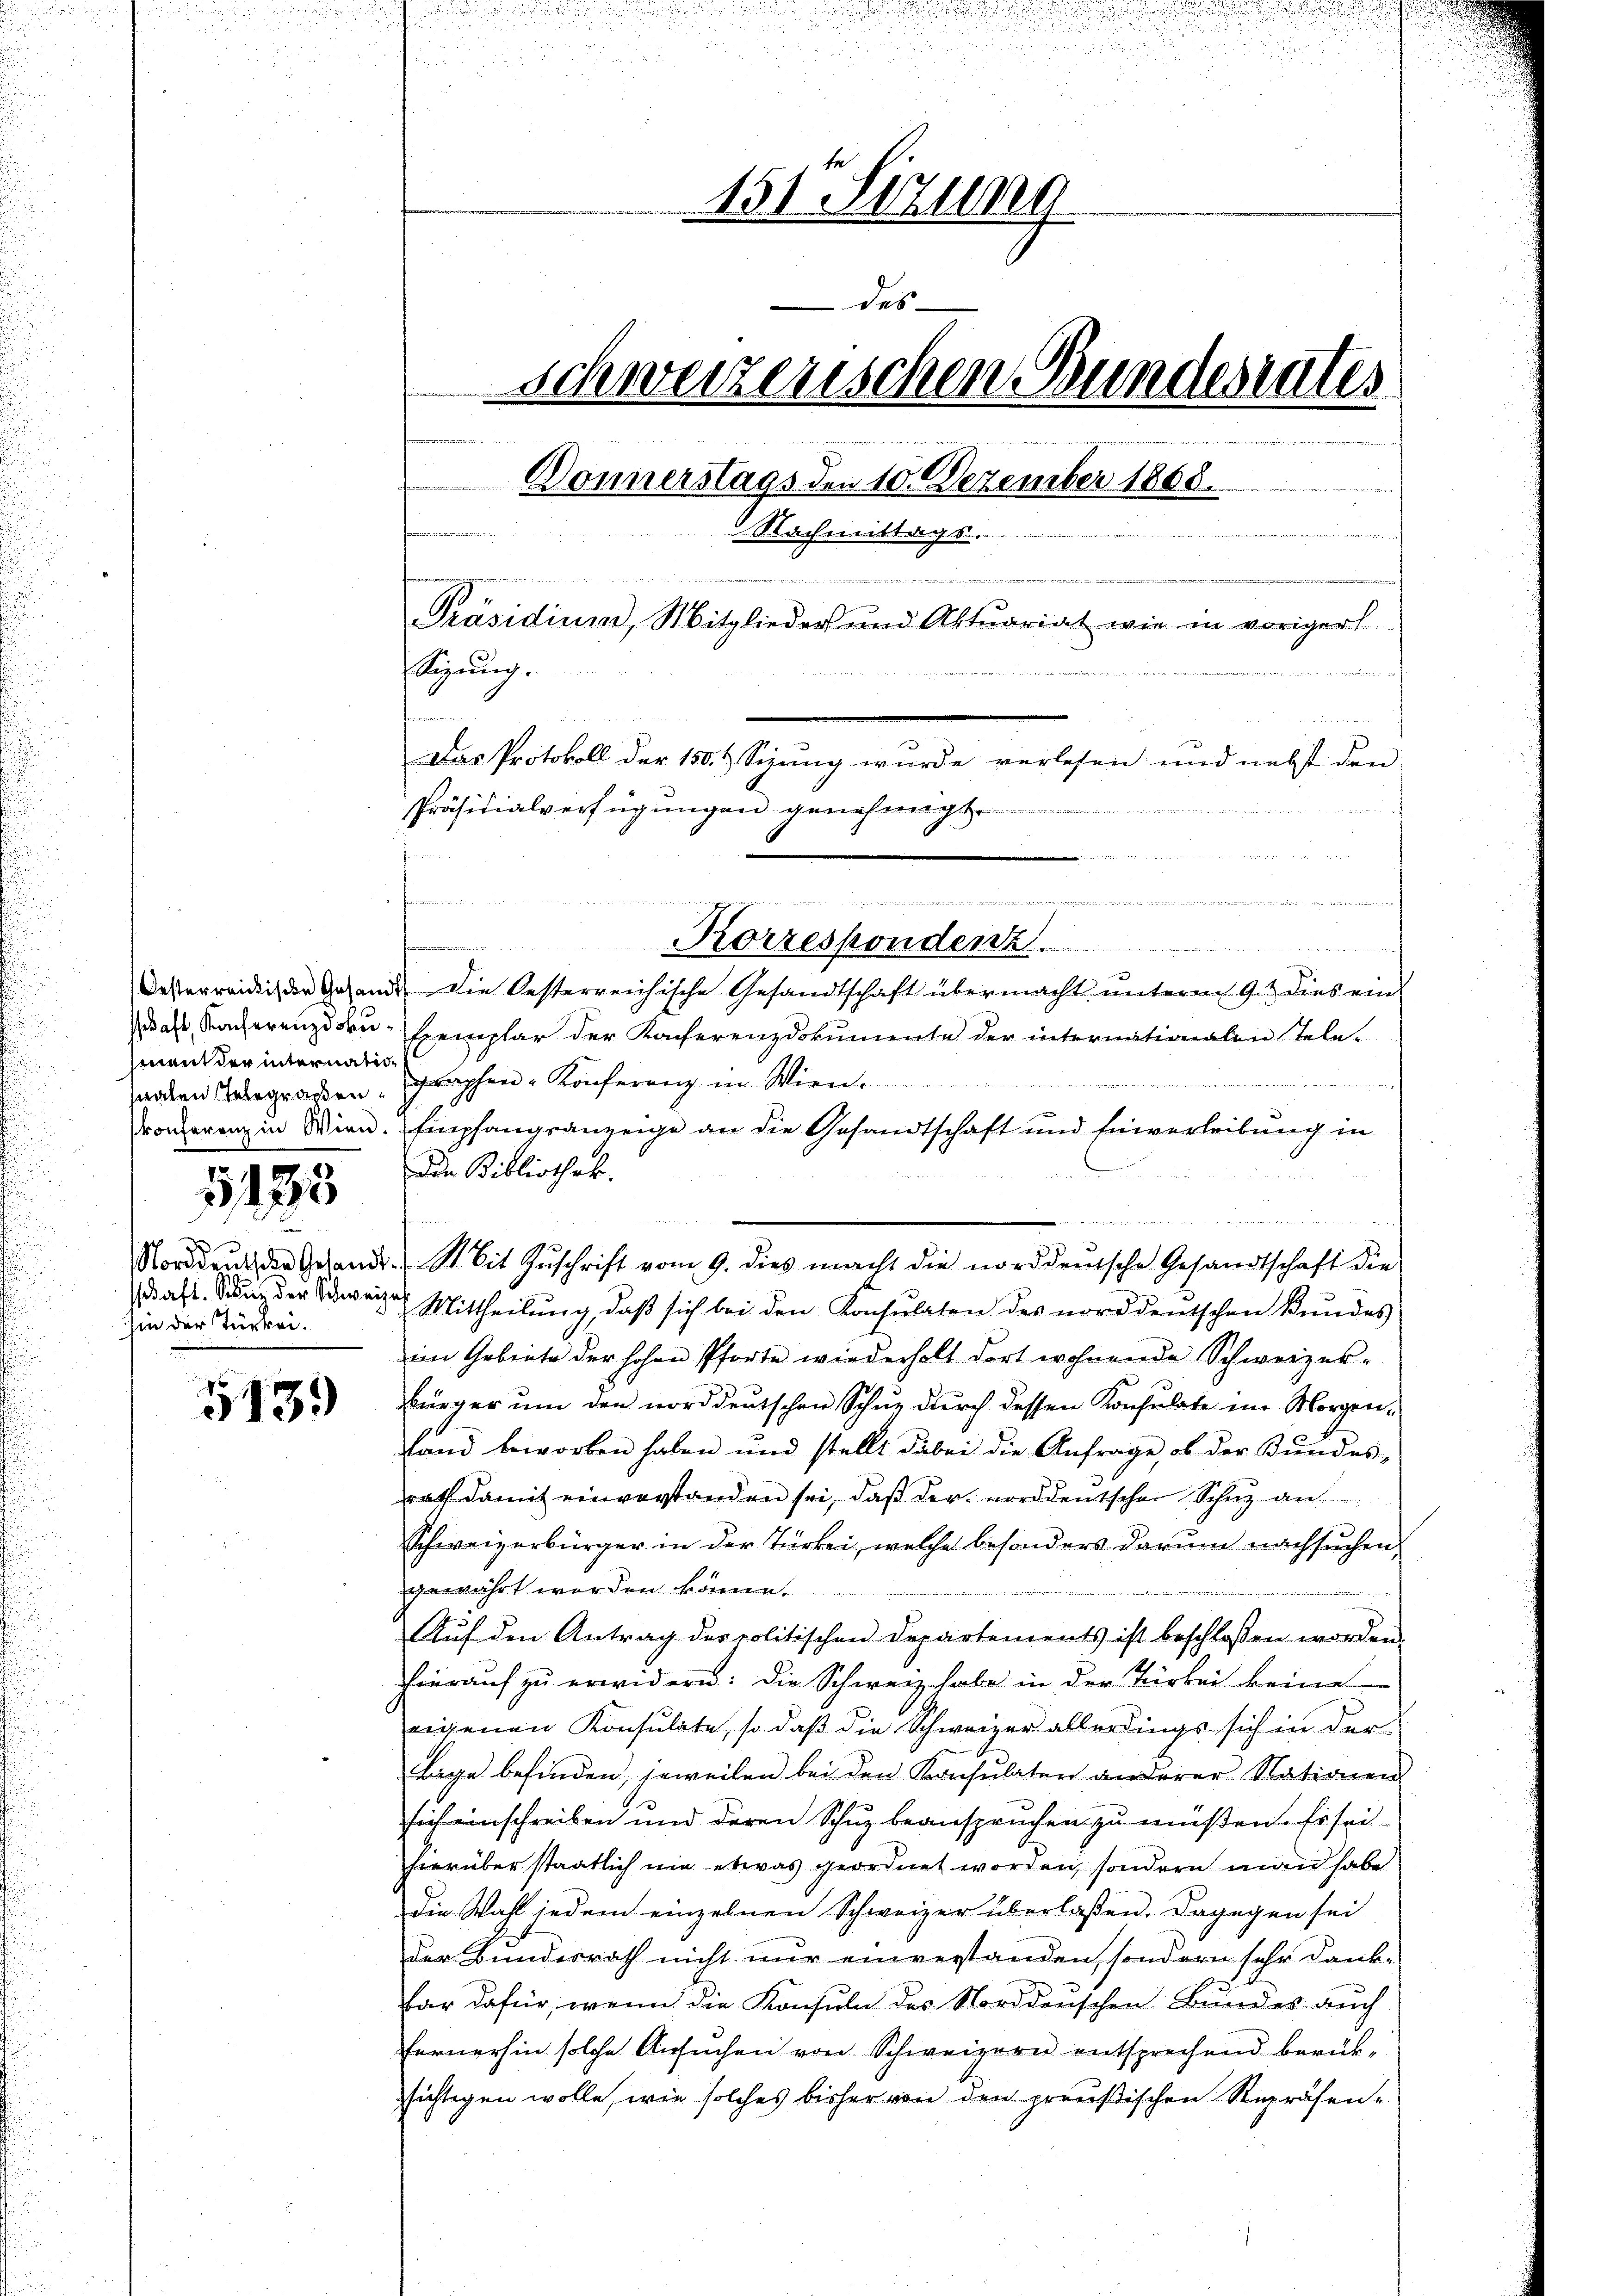
mant der internatisnalen Telegraßen

9
3173

e
P
saft. Schutz der Schweize
hin der Türkei.

513.

u
151 Sizung
des
Schweizerischen Bundesrates
Donnerstags den 10. Dezember 1868.
Nachmittags.
s

n
Präsidium, Mitglieder und Aktuariat wie in vorigers
tigŭng.
xis in Beschen in einen und die in f
Das Protokoll der 150. & Sizung wurde verlesen und nebst den
Präsidialverfügungen genehmigt.
e
s

d
Korrespondenz.
Oesterreich der Gesandt. Die Oesterreichische Gesandtschaft übermacht ŭnterm 9. dies ein-
ddas, Kacherenzdorn-Exemplar der Kacherenzdokumente der internationalen Tele-
graphen-Konferenz in Wien......................
t
Pronferenz in Wien. Empfangsanzeige an die Gesandtschaft und Einverleibung in
Den Bibliothek.
Nordent die Gesandt. Mit Zŭschrift vom 9. dies macht die norddeutsche Gesandtschaft die
Mittheilung, daß sich bei den Konsulaten des norddeutschen Bundes
im Gebiete der hohen Pforte wiederholt dort wohnende Schweizer-
bürger ŭm den norddeutschen Schur durch dessen Konsulate im Morgenfand beworben haben und stellt dabei die Anfrage, ob der Bŭndes-
rath damit einverstanden sei, daß der norddeutschen Schaz an
Schweizerbürger in der Türkei, welche besonders darum nachsuchen,
gewährt worden könne.
Auf den Antrag des politischen Departements ist beschlossen worden
hierauf zu erwidern: die Schweiz habe in der Türkei keine
eigenen Konsulate, so daß die Schweizer allerdings sich in der
Lage befinden, jeweilen bei den Konsulaten anderer Nationen
sich einschreiben und deren Schuz beanspruchen zu müßen. Es sei
hierüber staatlich nie etwas geordnet worden, sondern man habe
die Wahl jedem einzelnen Schweizer überlaßen. Dagegen sei
der Bundesrath nicht nur einverstanden, sondern sehr dank-
far dafür, wenn die Konsuln des Norddeuschen Bundes auch
fernerhin solche Ansuchen von Schweizern entsprechend berüksichtigen wolle, wie solches bisher von den preußischen Repräsen-

camerie in den sei de